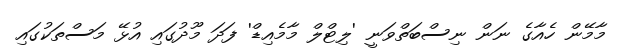
މާމޭން ހެއާގެ ނަން ނިސްބަތްވަނީ 'ލިޓްލް މާމެއިޑް' ފަދަ މޫދުގައި އުޅޭ މަސްތަކުގައި